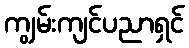
ကျွမ်းကျင်ပညာရှင်